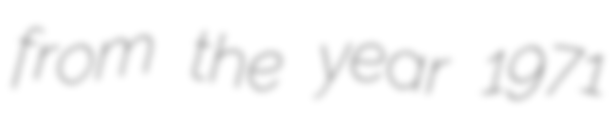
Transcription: from the year 1971